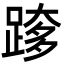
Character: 𮛰